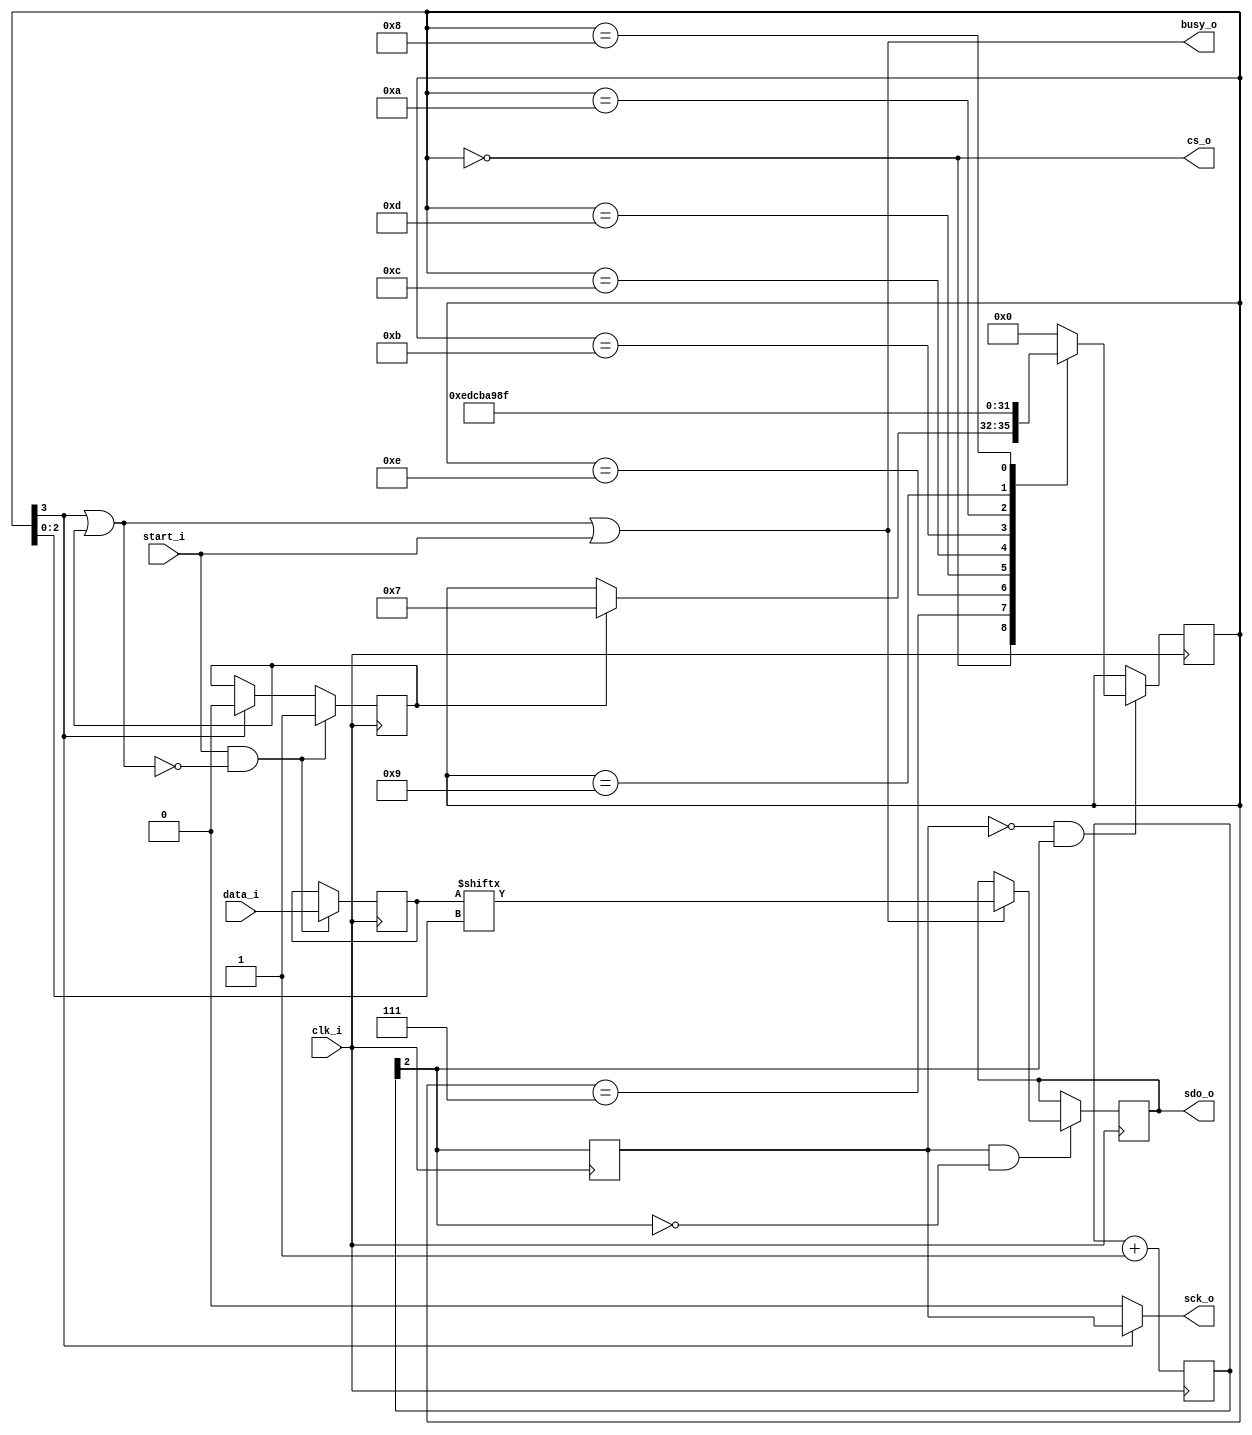
`ifndef SPI_WO_GUARD
`define SPI_WO_GUARD

module spi_wo
    #(
      parameter CLK_DIV = 2
    ) (
    input wire clk_i,
    input wire [7:0] data_i,
    input wire start_i,

    output wire busy_o,
    output wire sdo_o,
    output wire sck_o,
    output wire cs_o
  );

  reg ack = 0;
  localparam divisor = CLK_DIV;
  reg [divisor:0] clkdiv = 0;
  always @(posedge clk_i) clkdiv <= clkdiv + 1'b1;

  wire clk_spi = clkdiv[divisor];

  reg edge_detect = 0;
  wire rising_edge = ~edge_detect & clk_spi;
  wire falling_edge = edge_detect & ~clk_spi;
  always @(posedge clk_i)
    edge_detect <= clk_spi;

  reg [3:0] spiState = 0;
  reg [7:0] dout = 0;
  reg dout_bit = 0;

  wire internal_busy = spiState[3] | ack;

  always @(posedge clk_i) begin
    if (start_i & ~internal_busy) begin
      ack <= 1'b1;
      dout <= data_i;
    end else if (spiState[3]) ack <= 1'b0;
  end

  always @(posedge clk_i) begin
    if (rising_edge) begin
      case (spiState)
        4'b0000: if (ack) spiState <= 4'b0111;
        4'b0111: spiState <= 4'b1110;
        4'b1110: spiState <= 4'b1101;
        4'b1101: spiState <= 4'b1100;
        4'b1100: spiState <= 4'b1011;
        4'b1011: spiState <= 4'b1010;
        4'b1010: spiState <= 4'b1001;
        4'b1001: spiState <= 4'b1000;
        4'b1000: spiState <= 4'b1111;
        4'b1111: spiState <= 4'b0000;
        default: spiState <= 4'b0000;
      endcase
    end

    if (falling_edge) begin
      if (busy_o) dout_bit <= dout[spiState[2:0]];
    end
  end

  assign sck_o  = spiState[3] ? edge_detect : 1'b0;
  assign sdo_o  = dout_bit;
  assign busy_o = internal_busy | start_i;
  assign cs_o   = spiState == 0;

endmodule
`endif // SPI_WO_GUARD